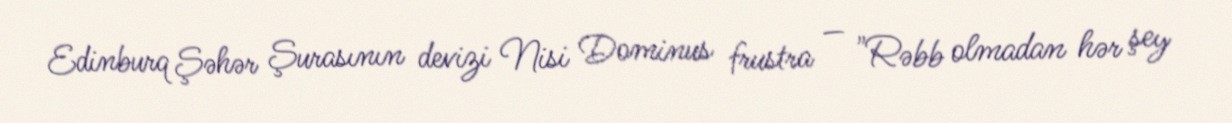
Edinburq Şəhər Şurasının devizi Nisi Dominus frustra — "Rəbb olmadan hər şey